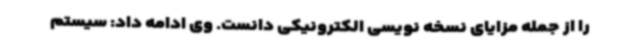
را از جمله مزایای نسخه نویسی الکترونیکی دانست. وی ادامه داد: سیستم